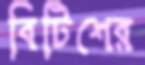
বিটিশের